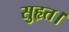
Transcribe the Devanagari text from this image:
सुहृत।